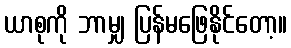
ယာစုကို ဘာမျှ ပြန်မဖြေနိုင်တော့။